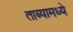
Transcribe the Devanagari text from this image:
ताब्यामध्ये